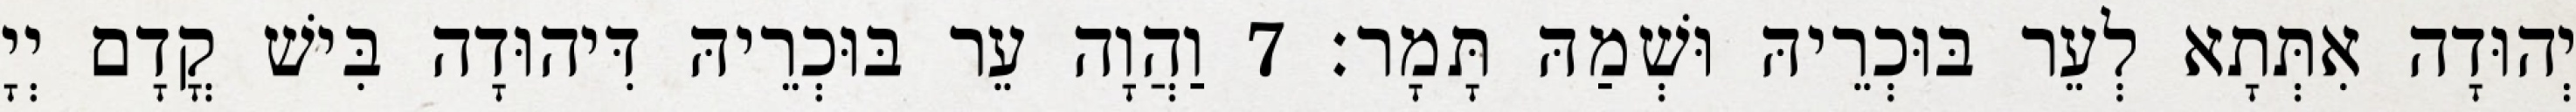
יְהוּדָה אִתְּתָא לְעֵר בּוּכְרֵיהּ וּשְׁמַהּ תָּמָר׃ 7 וַהֲוָה עֵר בּוּכְרֵיהּ דִּיהוּדָה בִּישׁ קֳדָם יְיָ